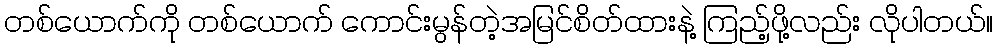
တစ်ယောက်ကို တစ်ယောက် ကောင်းမွန်တဲ့အမြင်စိတ်ထားနဲ့ ကြည့်ဖို့လည်း လိုပါတယ်။